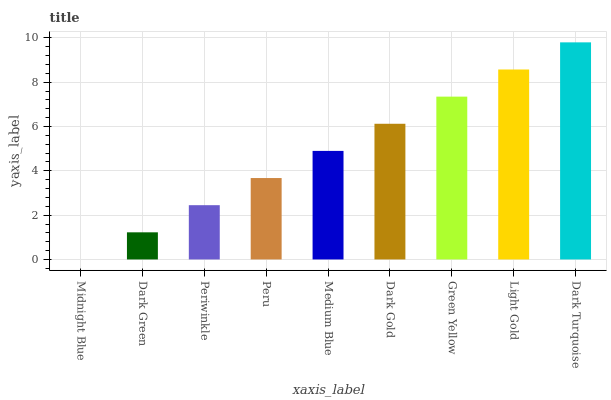
| xaxis_label | bars |
 | --- | --- |
 | Midnight Blue | 0 |
 | Dark Green | 1.23 |
 | Periwinkle | 2.45 |
 | Peru | 3.68 |
 | Medium Blue | 4.9 |
 | Dark Gold | 6.13 |
 | Green Yellow | 7.35 |
 | Light Gold | 8.58 |
 | Dark Turquoise | 9.8 |